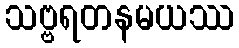
သဗ္ဗရတနမယဿ